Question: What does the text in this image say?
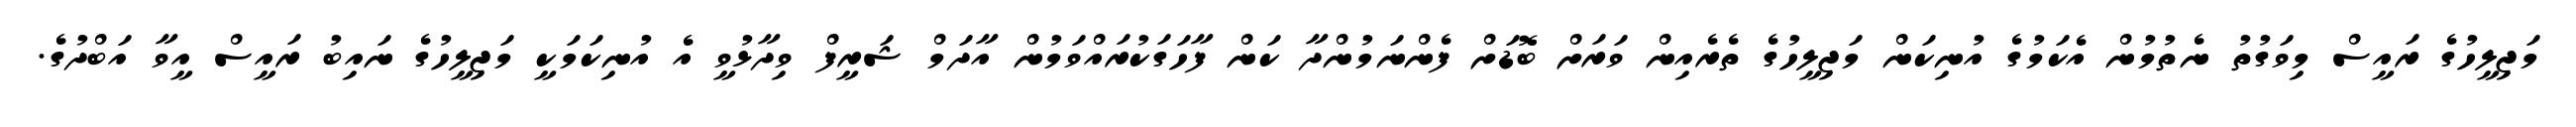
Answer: މަޖިލީހުގެ ރައީސް މިވަގުތު ނެތުމުން އެކަމުގެ އުނިކަން މަޖިލީހުގެ ތެރެއިން ވަރަށް ބޮޑަށް ފެންނަމުންދާ ކަން ފާހަގަކުރައްވަމުން އާދަމް ޝަރީފް ވިދާޅުވީ އެ އުނިކަމަކީ މަޖިލީހުގެ ނައިބު ރައީސް އީވާ އަބްދުގެ.